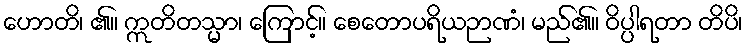
ဟောတိ၊ ၏။ ဣတိတသ္မာ၊ ကြောင့်။ စေတောပရိယဉာဏံ၊ မည်၏။ ဝိပ္ပါရတာ တိပိ၊